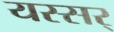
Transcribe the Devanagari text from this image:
यस्सर्